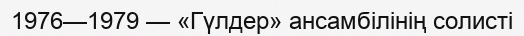
1976—1979 — «Гүлдер» ансамбілінің солисті